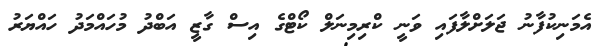
އެމަނިކުފާނު ޖަލަށްލާފައި ވަނީ ކްރިމިނަލް ކޯޓްގެ އިސް ގާޒީ އަބްދު މުހައްމަދު ހައްޔަރު